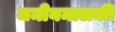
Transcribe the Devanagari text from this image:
जमीनमालकी